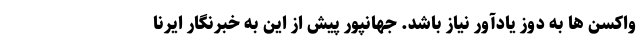
واکسن ها به دوز یادآور نیاز باشد. جهانپور پیش از این به خبرنگار ایرنا